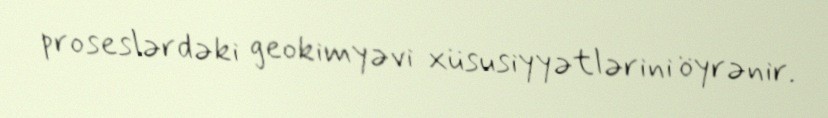
proseslərdəki geokimyəvi xüsusiyyətlərini öyrənir.